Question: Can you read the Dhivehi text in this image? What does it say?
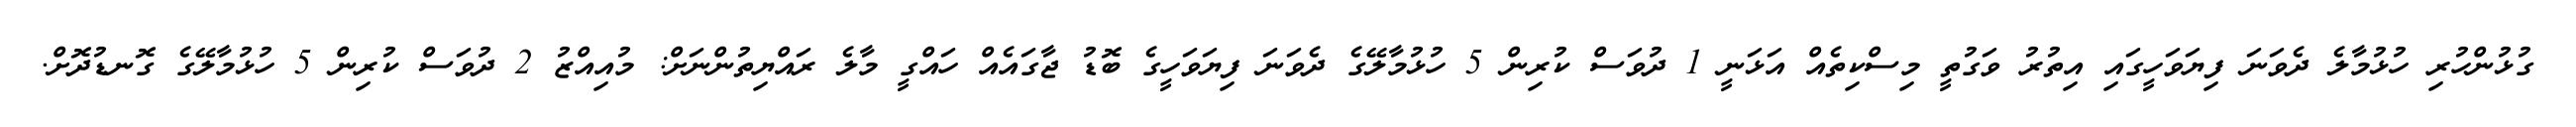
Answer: ގުޅުންހުރި ހުޅުމާލެ ދެވަނަ ފިޔަވަހީގައި އިތުރު ވަގުތީ މިސްކިތެއް އަޅަނީ 1 ދުވަސް ކުރިން 5 ހުޅުމާލޭގެ ދެވަނަ ފިޔަވަހީގެ ބޮޑު ޖާގައެއް ހައްގީ މާލެ ރައްޔިތުންނަށް: މުއިއްޒު 2 ދުވަސް ކުރިން 5 ހުޅުމާލޭގެ ގޮނޑުދޮށް.